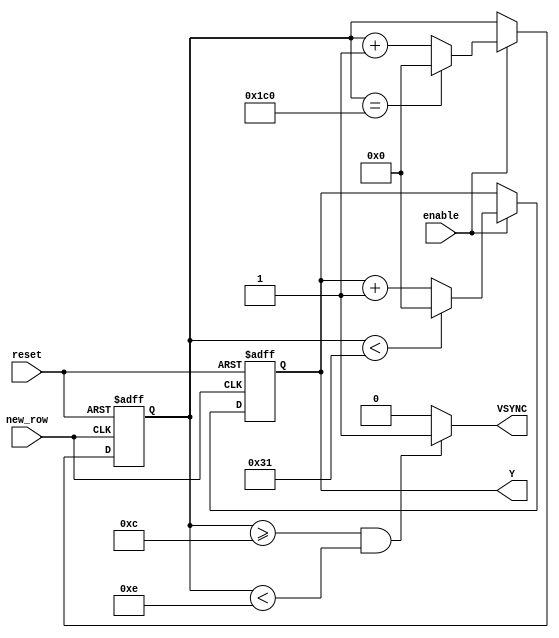
`timescale 1ns / 1ps
//////////////////////////////////////////////////////////////////////////////////
// Company: University of Patras
// 
// Module Name:    VSYNC_Provider 
// Project Name:   iTalos
//
//////////////////////////////////////////////////////////////////////////////////
module VSYNC_Provider(
    input new_row,
    input enable,
	 input reset,
    output VSYNC,
	 output reg [9:0] Y
    );
	 
	 parameter VerticalFrontPorch = 12; 
	 parameter VSYNCPulse = 2; 
	 parameter VerticalBackPorch = 35; 
	 parameter VisibleRows = 400; 
	 
	 reg [9:0] counter;
	 
	 always @(posedge new_row or posedge reset) 
	 begin
		
		if (reset) 
		begin
			counter <= 0;
		end
		else if (enable)
		begin
		
			if (counter == (VerticalFrontPorch + VSYNCPulse + VerticalBackPorch + VisibleRows - 1))
				  counter <= 0;
			else counter <= counter + 1;

		end
	 end
	 
	 
	 	 always @(posedge new_row or posedge reset)
	 begin 
		if (reset)
		begin
			Y<=0;
		end
		else if (enable)
		
		begin
			if (counter < (VerticalFrontPorch + VSYNCPulse + VerticalBackPorch))
				  Y <= 0 ;
			else Y <= Y+1;
		end
	 
	 end 
	 
	 assign VSYNC = ((counter >= VerticalFrontPorch) && (counter < VerticalFrontPorch + VSYNCPulse))? 1 : 0;	 

endmodule